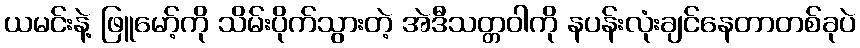
ယမင်းနဲ့ ဖြူမော့်ကို သိမ်းပိုက်သွားတဲ့ အဲဒီသတ္တဝါကို နပန်းလုံးချင်နေတာတစ်ခုပဲ